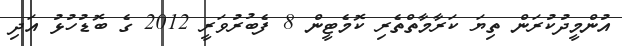
އުންމީދުކުރަން ތިޔަ ކަރާމާތްތެރި ކޮމެޓީން 8 ފެބުރުވަރީ 2012 ގެ ބޮޑުހުޅު އަދި